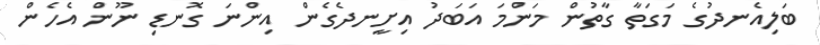
ބަލިއެނދުގެ މަގަތާ ގާތުން މަންމަ އަބަދު އިށީނދެގެން އިންނަ ގޮނޑި ނޫން އެހެން